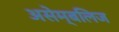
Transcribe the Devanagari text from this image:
असेम्बलिज